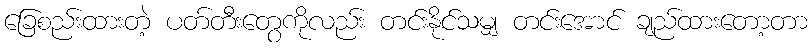
ခြေစည်းထားတဲ့ ပတ်တီးတွေကိုလည်း တင်းနိုင်သမျှ တင်းအောင် ချည်ထားတော့တာ